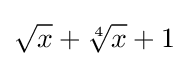
{\sqrt {x}}+{\sqrt[{4}]{x}}+1